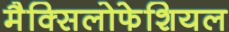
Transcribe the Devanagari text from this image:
मैक्सिलोफेशियल